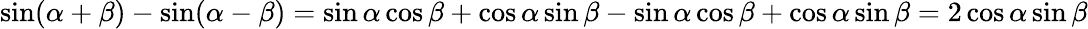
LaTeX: \sin(\alpha+\beta)-\sin(\alpha-\beta)=\sin\alpha\cos\beta+\cos\alpha\sin\beta-\sin\alpha\cos\beta+\cos\alpha\sin\beta=2\cos\alpha\sin\beta